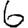
Digit: 6